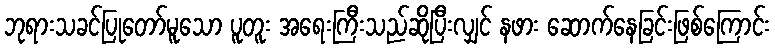
ဘုရားသခင်ပြုတော်မူသော ပူတူး အရေးကြီးသည်ဆိုပြီးလျှင် နဖား ဆောက်နေခြင်းဖြစ်ကြောင်း